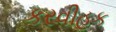
કરવીહક